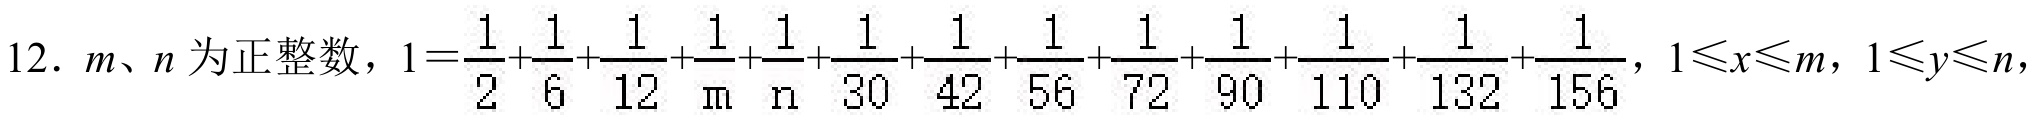
12. \(m、n\)为正整数，\(1 = \frac{1}{2}+\frac{1}{6}+\frac{1}{12}+\frac{1}{m}+\frac{1}{n}+\frac{1}{30}+\frac{1}{42}+\frac{1}{56}+\frac{1}{72}+\frac{1}{90}+\frac{1}{110}+\frac{1}{132}+\frac{1}{156}\)，\(1\leqslant x\leqslant m\)，\(1\leqslant y\leqslant n\)